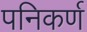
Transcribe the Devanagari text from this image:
पनिकर्ण